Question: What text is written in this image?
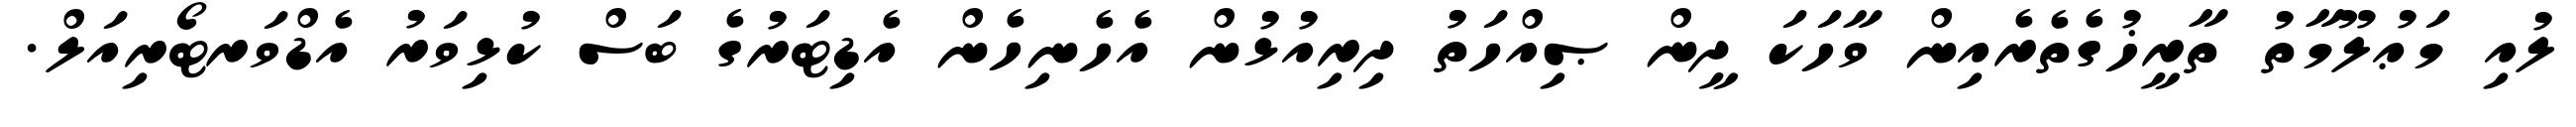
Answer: ލުއި މަޢުލޫމާތު ތާރީޚުގެތެރެއިން ވާހަކަ ދީން ޞިއްހަތު ދިރިއުޅުން އެހެނިހެން އެޑިޓަރުގެ ބަސް ކުޅިވަރު އެޑްވަރޓޯރިއަލް.